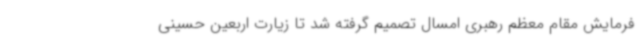
فرمایش مقام معظم رهبری امسال تصمیم گرفته شد تا زیارت اربعین حسینی